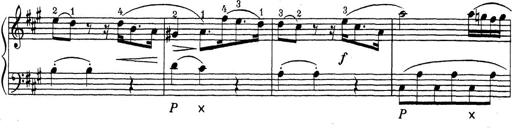
Title: ÄŒeskÃ© Sonatiny
Composer: Various